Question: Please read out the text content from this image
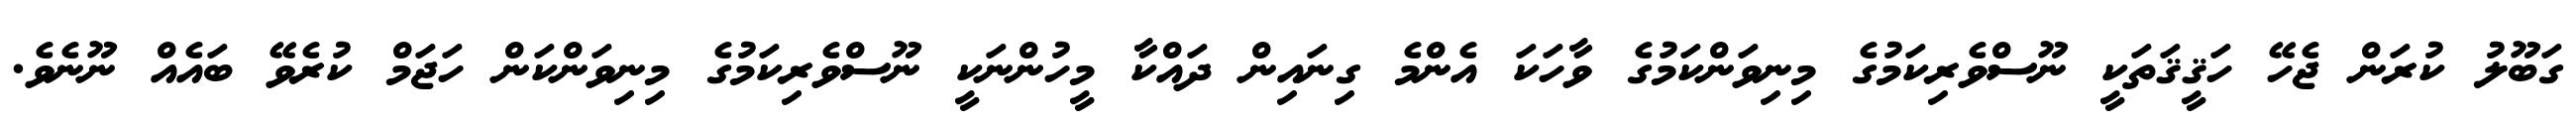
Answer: ގަބޫލު ކުރަން ޖެހޭ ހަޤީޤަތަކީ ނޫސްވެރިކަމުގެ މިނިވަންކަމުގެ ވާހަކަ އެންމެ ގިނައިން ދައްކާ މީހުންނަކީ ނޫސްވެރިކަމުގެ މިނިވަންކަން ހަޖަމް ކުރެވޭ ބައެއް ނޫނެވެ.